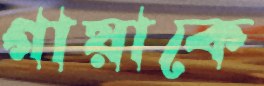
গায়াকে